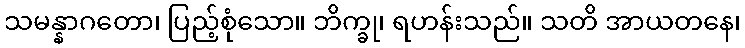
သမန္နာဂတော၊ ပြည့်စုံသော။ ဘိက္ခု၊ ရဟန်းသည်။ သတိ အာယတနေ၊